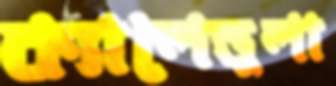
ক্যালেন্ডুলা